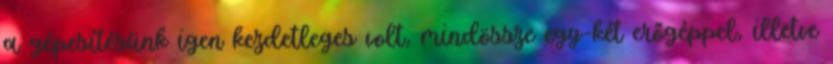
a gépesítésünk igen kezdetleges volt, mindössze egy-két erőgéppel, illetve